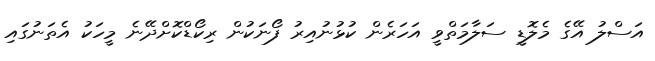
އަސްލު އޭގެ މެލޮޑީ ސަލާމަތްވީ އަހަރެން ކުޅުނުއިރު ފޯނަކުން ރިކޯޑްކޮށްދޭނެ މީހަކު އެތަނުގައި